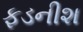
ફડનીશ